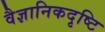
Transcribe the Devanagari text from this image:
वैज्ञानिकदृष्टि